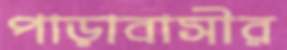
পাড়াবাসীর